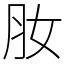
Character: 肗